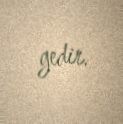
gedir.